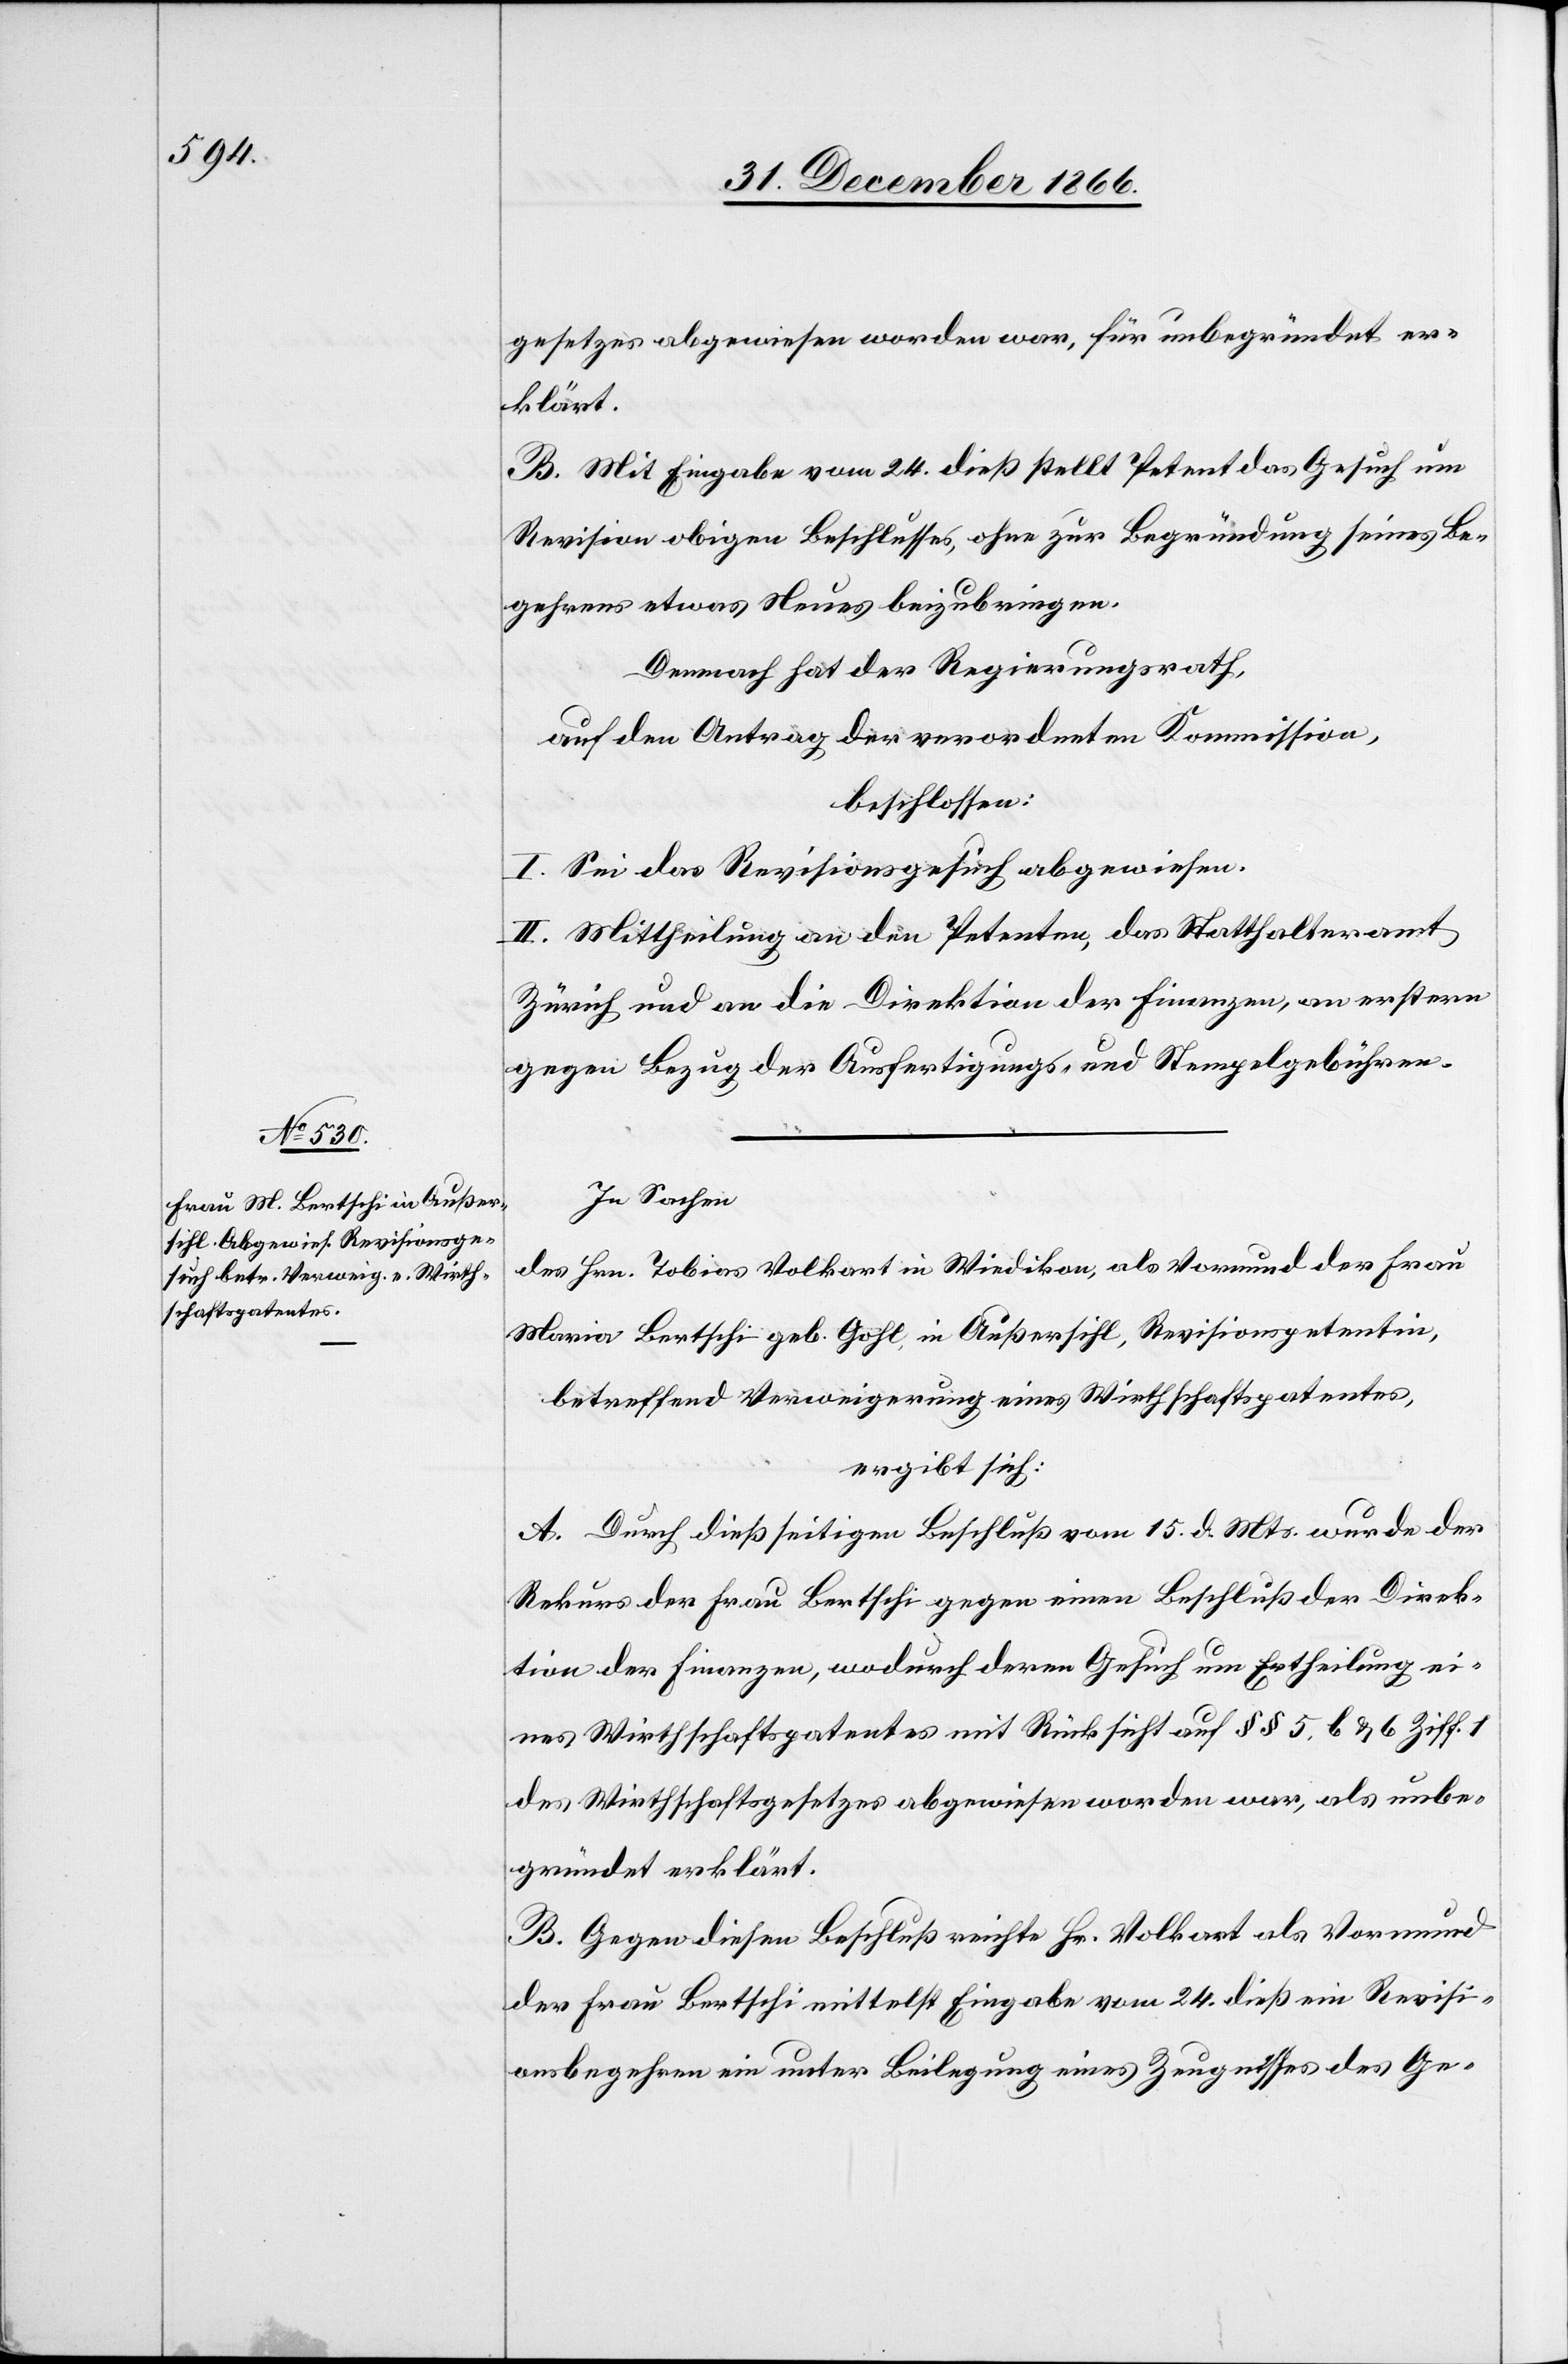
gesetzes abgewiesen worden war, für unbegründet er¬
klärt.
B. Mit Eingabe vom 24. dieß stellt Petent das Gesuch um
Revision obigen Beschlusses, ohne zur Begründung seines Be¬
gehrens etwas Neues beizubringen.
Demnach hat der Regierungsrath,
auf den Antrag der verordneten Kommission,
beschlossen:
I. Sei das Revisionsgesuch abgewiesen.
II. Mittheilung an den Petenten, das Statthalteramt
Zürich und an die Direktion der Finanzen, an erstere
gegen Bezug der Ausfertigungs- und Stempelgebühren.
In Sachen
des Hrn. Tobias Volkart in Wiedikon, als Vormund der Frau
Maria Bertschi geb. Gohl in Außersihl, Revisionspetentin,
betreffend Verweigerung eines Wirthschaftspatentes,
ergibt sich:
A. Durch dießseitigen Beschluß vom 15. d. Mts. wurde der
Rekurs der Frau Bertschi gegen einen Beschluß der Direk¬
tion der Finanzen, wodurch deren Gesuch um Ertheilung ei¬
nes Wirthschaftspatentes mit Rücksicht auf § § 5 b & 6 Ziff.
des Wirthschaftsgesetzes abgewiesen worden war, als unbe¬
gründet erklärt.
B. Gegen diesen Beschluß reichte Hr. Volkart als Vormund
der Frau Bertschi mittelst Eingabe vom 24. dieß ein Revisi¬
onsbegehren ein unter Beilegung eines Zeugnisses des Ge-